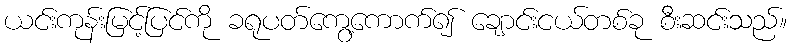
ယင်းကုန်းမြင့်ပြင်ကို ခရုပတ်ကွေ့ကောက်၍ ချောင်းငယ်တစ်ခု စီးဆင်းသည်။